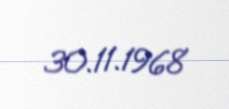
30.11.1968